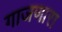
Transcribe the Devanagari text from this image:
गाजणारा